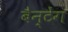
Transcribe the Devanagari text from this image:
बैन्टेंग